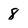
Character: 8